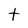
Character: t